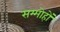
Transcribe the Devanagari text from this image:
सम्मोहों